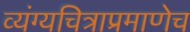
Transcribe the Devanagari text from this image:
व्यंग्यचित्राप्रमाणेच